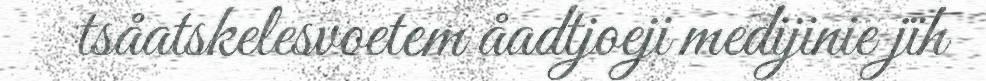
tsåatskelesvoetem åadtjoeji medijinie jïh